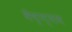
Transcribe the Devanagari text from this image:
वैष्ण्णव